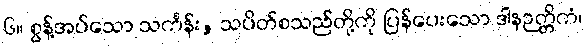
၆။ စွန့်အပ်သော သင်္ကန်း, သပိတ်စသည်တို့ကို ပြန်ပေးသော ဒါနဉတ္တိကံ၊